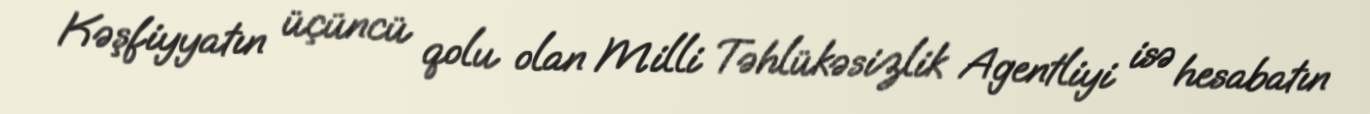
Kəşfiyyatın üçüncü qolu olan Milli Təhlükəsizlik Agentliyi isə hesabatın